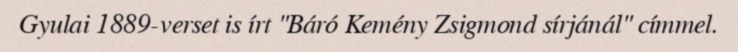
Gyulai 1889-verset is írt "Báró Kemény Zsigmond sírjánál" címmel.